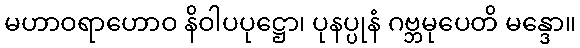
မဟာဝရာဟောဝ နိဝါပပုဋ္ဌော၊ ပုနပ္ပုနံ ဂဗ္ဘမုပေတိ မန္ဒော။